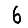
Digit: 6